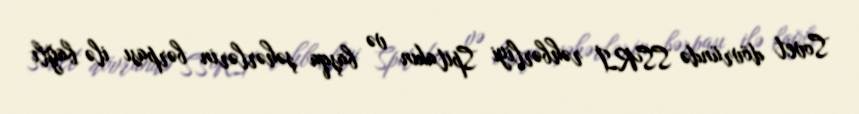
Sovet dövründə SSRİ rəhbərliyi Spitakın və başqa şəhərlərin bərpası ilə bağlı